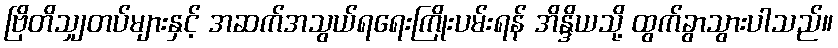
ဗြိတိသျှတပ်များနှင့် အဆက်အသွယ်ရရေးကြိုးပမ်းရန် အိန္ဒိယသို့ ထွက်ခွာသွားပါသည်။